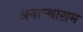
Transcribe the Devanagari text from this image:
अनान्थाराम